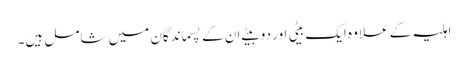
اہلیہ کے علاوہ ایک بیٹی اور دو بیٹے ان کے پسماندگان میں شامل ہیں۔